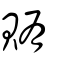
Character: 賄